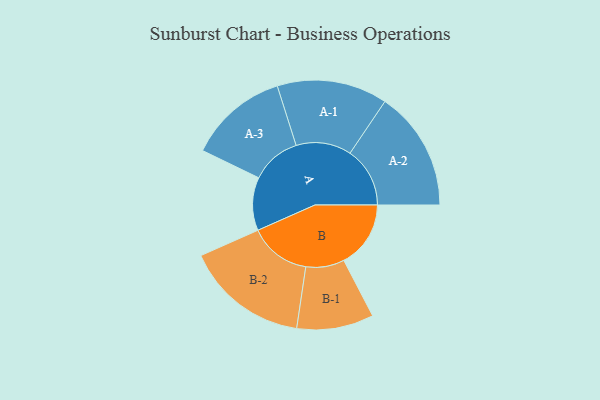
{"axis": {"x": "Segment", "y": "Value"}, "legend": ["", "A", "B"], "data": [{"x": "A", "y": 206, "type": ""}, {"x": "B", "y": 259, "type": ""}, {"x": "A-1", "y": 214, "type": "A"}, {"x": "A-2", "y": 232, "type": "A"}, {"x": "A-3", "y": 193, "type": "A"}, {"x": "B-1", "y": 149, "type": "B"}, {"x": "B-2", "y": 239, "type": "B"}]}